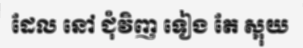
ដែល នៅ ជុំវិញ ទៀង តែ ស្អុយ